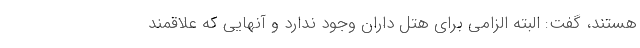
هستند، گفت: البته الزامی برای هتل داران وجود ندارد و آنهایی که علاقمند